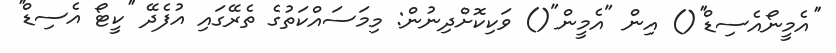
''އެމީނޯއެސިޑް''() އިން "އެމީން"() ވަކިކޮށްދިނުން: މިމަސައްކަތުގެ ތެރޭގައި އުފެދޭ ''ކީޓޯ އެސިޑް''